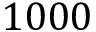
1 0 0 0